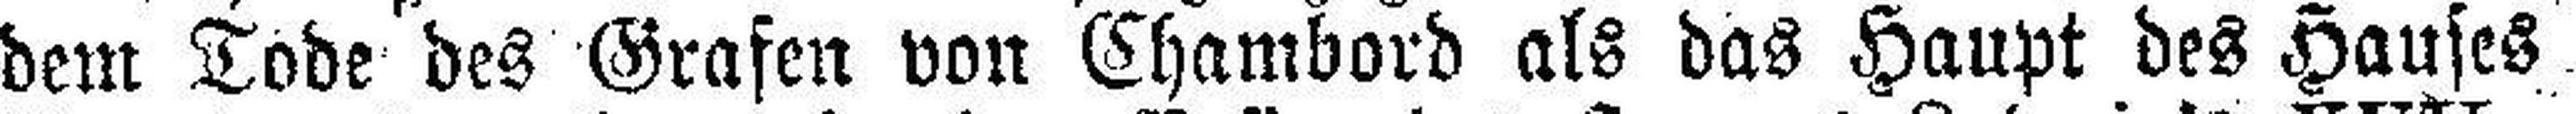
dem Tode des Grafen von Chambord als das Haupt des Hauses